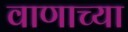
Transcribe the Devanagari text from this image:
वाणाच्या